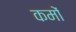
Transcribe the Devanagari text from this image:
कमों